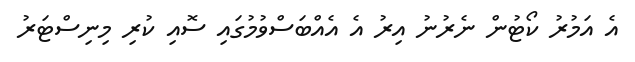
އެ އަމުރު ކޯޓުން ނެރުނު އިރު އެ އެއްބަސްވުމުގައި ސޮއި ކުރި މިނިސްޓަރު